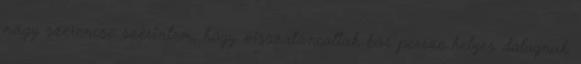
nagy szerencse szerintem, hogy visszatáncoltak bár persze helyes dolognak